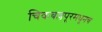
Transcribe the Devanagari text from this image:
चिकबल्लपूरमधूनच